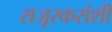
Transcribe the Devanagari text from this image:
राजूरकरांशी